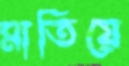
মাতিয়ে